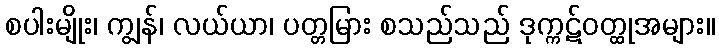
စပါးမျိုး၊ ကျွန်၊ လယ်ယာ၊ ပတ္တမြား စသည်သည် ဒုက္ကဋ်ဝတ္ထုအများ။